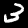
Label: 3